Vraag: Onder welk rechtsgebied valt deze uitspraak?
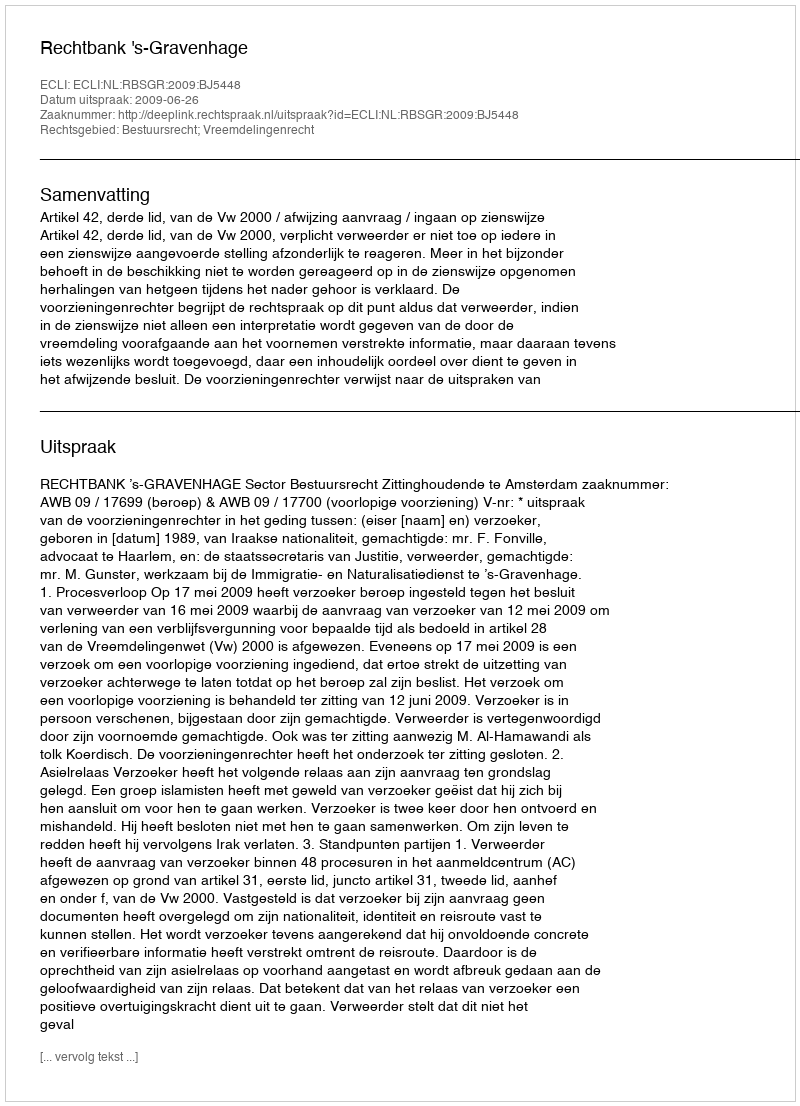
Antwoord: Bestuursrecht; Vreemdelingenrecht